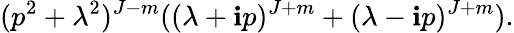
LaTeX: (p^{2}+\lambda^{2})^{J-m}((\lambda+\mathbf{i}p)^{J+m}+(\lambda-\mathbf{i}p)^{J+m}).